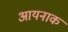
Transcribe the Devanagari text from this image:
आयनाक